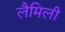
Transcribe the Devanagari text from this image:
लैमिली